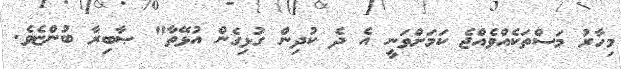
މިހާރު މަސްތަކެއްވެއްޖެ ކަމަށްވަނީ އެ ދެ ކުދިން ގުޅިގެން އުޅޭތާ" ޞާބިރާ ބުންޏެވެ.